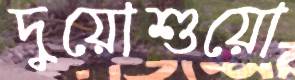
দুয়োশুয়ো